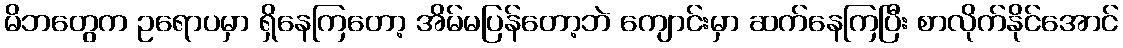
မိဘတွေက ဥရောပမှာ ရှိနေကြတော့ အိမ်မပြန်တော့ဘဲ ကျောင်းမှာ ဆက်နေကြပြီး စာလိုက်နိုင်အောင်